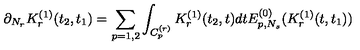
\partial _ { N _ { r } } K _ { r } ^ { ( 1 ) } ( t _ { 2 } , t _ { 1 } ) = \sum _ { p = 1 , 2 } \int _ { C _ { p } ^ { ( r ) } } K _ { r } ^ { ( 1 ) } ( t _ { 2 } , t ) d t E _ { p , N _ { s } } ^ { ( 0 ) } ( K _ { r } ^ { ( 1 ) } ( t , t _ { 1 } ) )